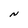
Character: N